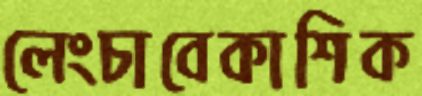
লেংচাবেকাশিক